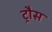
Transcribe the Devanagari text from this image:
ट्रौस